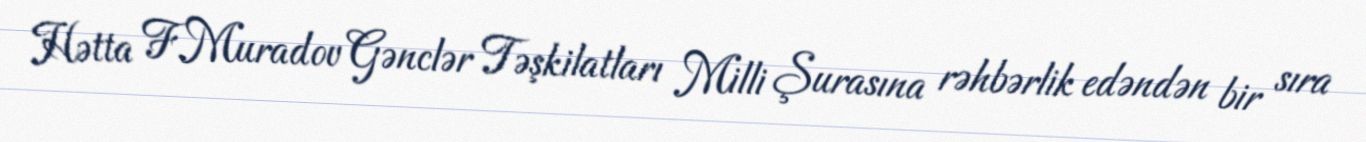
Hətta F.Muradov Gənclər Təşkilatları Milli Şurasına rəhbərlik edəndən bir sıra